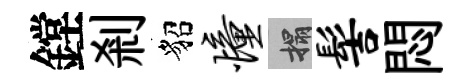
鏜剎貂憧搨髻悶